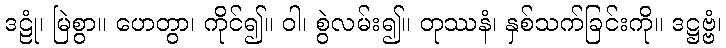
ဒဠုံ၊ မြဲစွာ။ ဟေတွာ၊ ကိုင်၍။ ဝါ၊ စွဲလမ်း၍။ တုဿနံ၊ နှစ်သက်ခြင်းကို။ ဒဋ္ဌဗ္ဗံ၊